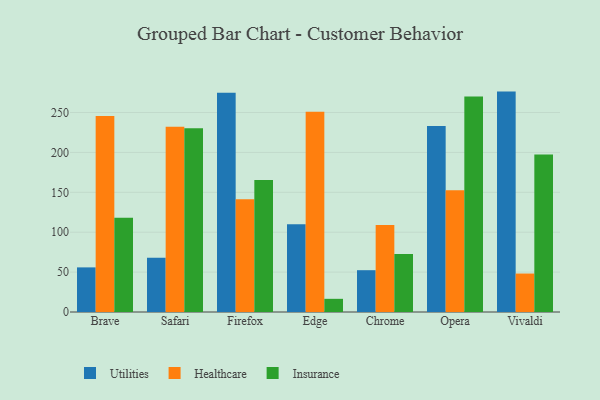
{"axis": {"x": "Browser", "y": "Humidity (%)"}, "legend": ["Healthcare", "Insurance", "Utilities"], "data": [{"x": "Brave", "y": 55.9, "type": "Utilities"}, {"x": "Brave", "y": 245.5, "type": "Healthcare"}, {"x": "Brave", "y": 118.2, "type": "Insurance"}, {"x": "Safari", "y": 68.0, "type": "Utilities"}, {"x": "Safari", "y": 232.3, "type": "Healthcare"}, {"x": "Safari", "y": 230.3, "type": "Insurance"}, {"x": "Firefox", "y": 274.8, "type": "Utilities"}, {"x": "Firefox", "y": 141.2, "type": "Healthcare"}, {"x": "Firefox", "y": 165.3, "type": "Insurance"}, {"x": "Edge", "y": 110.0, "type": "Utilities"}, {"x": "Edge", "y": 251.0, "type": "Healthcare"}, {"x": "Edge", "y": 16.5, "type": "Insurance"}, {"x": "Chrome", "y": 52.4, "type": "Utilities"}, {"x": "Chrome", "y": 108.9, "type": "Healthcare"}, {"x": "Chrome", "y": 72.8, "type": "Insurance"}, {"x": "Opera", "y": 233.1, "type": "Utilities"}, {"x": "Opera", "y": 152.7, "type": "Healthcare"}, {"x": "Opera", "y": 270.1, "type": "Insurance"}, {"x": "Vivaldi", "y": 276.2, "type": "Utilities"}, {"x": "Vivaldi", "y": 48.2, "type": "Healthcare"}, {"x": "Vivaldi", "y": 197.3, "type": "Insurance"}]}